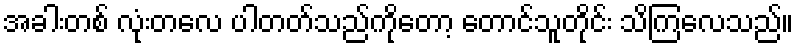
အခါးတစ် လုံးတလေ ပါတတ်သည်ကိုတော့ တောင်သူတိုင်း သိကြလေသည်။